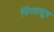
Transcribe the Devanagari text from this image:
पिंगलसूत्र